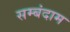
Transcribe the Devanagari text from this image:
सम्बंदाम